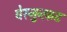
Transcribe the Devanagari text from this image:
वेरनुन्फ़ट